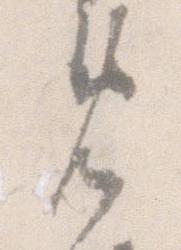
免